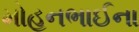
મોહનભાઈના